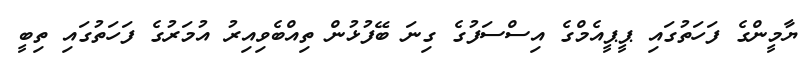
ޔާމީންގެ ފަހަތުގައި ޕީޕީއެމްގެ އިސްސަފުގެ ގިނަ ބޭފުޅުން ތިއްބެވިއިރު އުމަރުގެ ފަހަތުގައި ތިބީ